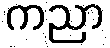
ကညာ